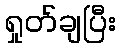
ရှုတ်ချပြီး